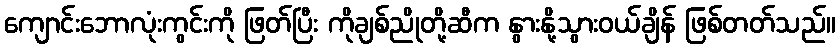
ကျောင်းဘောလုံးကွင်းကို ဖြတ်ပြီး ကိုချစ်ညိုတို့ဆီက နွားနို့သွားဝယ်ချိန် ဖြစ်တတ်သည်။